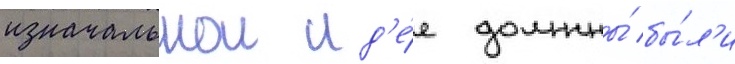
изначальнои ид'е́е должны́ бы́л'и